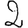
Digit: 2